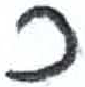
אות: כ